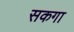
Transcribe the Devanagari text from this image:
सकगा